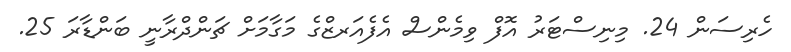
ހެރިސަން 24. މިނިސްޓަރު އޮފް ވިމެންސް އެފެއަރޒްގެ މަގާމަށް ޗަންދްރާނީ ބަންޑާރަ 25.